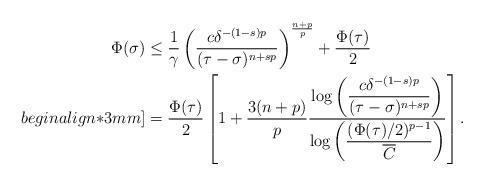
LaTeX: \begin{align*}\Phi(\sigma) &\leq \frac{1}{\gamma} \left(\frac{c\delta^{-(1-s)p}}{(\tau-\sigma)^{n+sp}}\right)^{\frac{n+p}{p}}+\frac{\Phi(\tau)}{2} \\begin{align*}3mm]&=\frac{\Phi(\tau)}{2}\left[1+\frac{3(n+p)}{p}\frac{\log \left(\dfrac{c\delta^{-(1-s)p}}{(\tau-\sigma)^{n+sp}}\right)}{\log\left(\dfrac{(\Phi(\tau)/2)^{p-1}}{\overline{C}}\right)}\right].\end{align*}